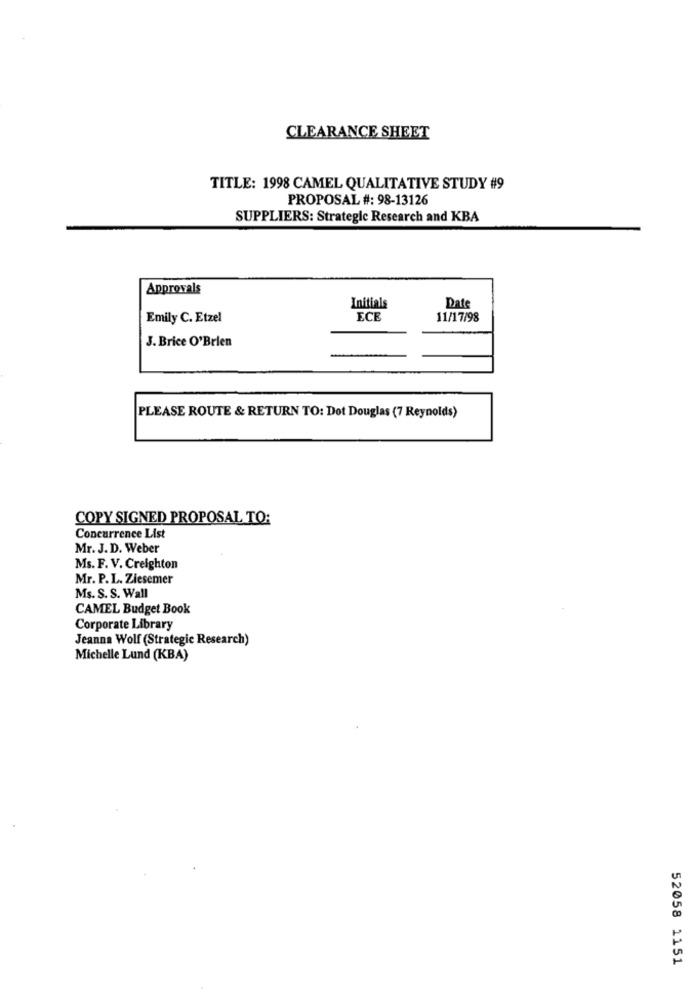
CLEARANCE SHEET
TITLE: 1998 CAMEL QUALITATIVE STUDY #9
PROPOSAL #: 98-13126
SUPPLIERS: Strategic Research and KBA
Approvals
Initials
Date
Emily C. Etzel
ECE
11/17/98
J. Brice O'Brien
PLEASE ROUTE & RETURN TO: Dot Douglas (7 Reynolds)
COPY SIGNED PROPOSAL TO:
Concurrence List
Mr. J. D. Weber
Ms. F. V. Creighton
Mr. P.L. Ziesemer
Ms. S. S. Wall
CAMEL Budget Book
Corporate Library
Jeanna Wolf (Strategic Research)
Michelle Lund (KBA)
52058 1151